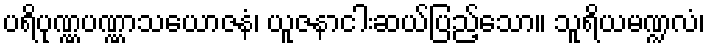
ပရိပုဏ္ဏပဏ္ဏာသယောဇနံ၊ ယူဇနာငါးဆယ်ပြည့်သော။ သူရိယမဏ္ဍလံ၊